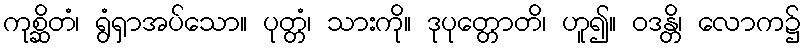
ကုစ္ဆိတံ၊ ရွံရှာအပ်သော။ ပုတ္တံ၊ သားကို။ ဒုပုတ္တောတိ၊ ဟူ၍။ ဝဒန္တိ၊ လောက၌